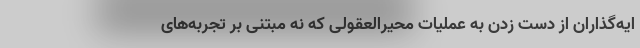
ایه‌گذاران از دست زدن به عملیات محیر‌العقولی که نه مبتنی بر تجربه‌های